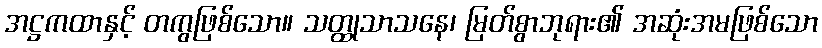
အဋ္ဌကထာနှင့် တကွဖြစ်သော။ သတ္ထုသာသနေ၊ မြတ်စွာဘုရား၏ အဆုံးအမဖြစ်သော